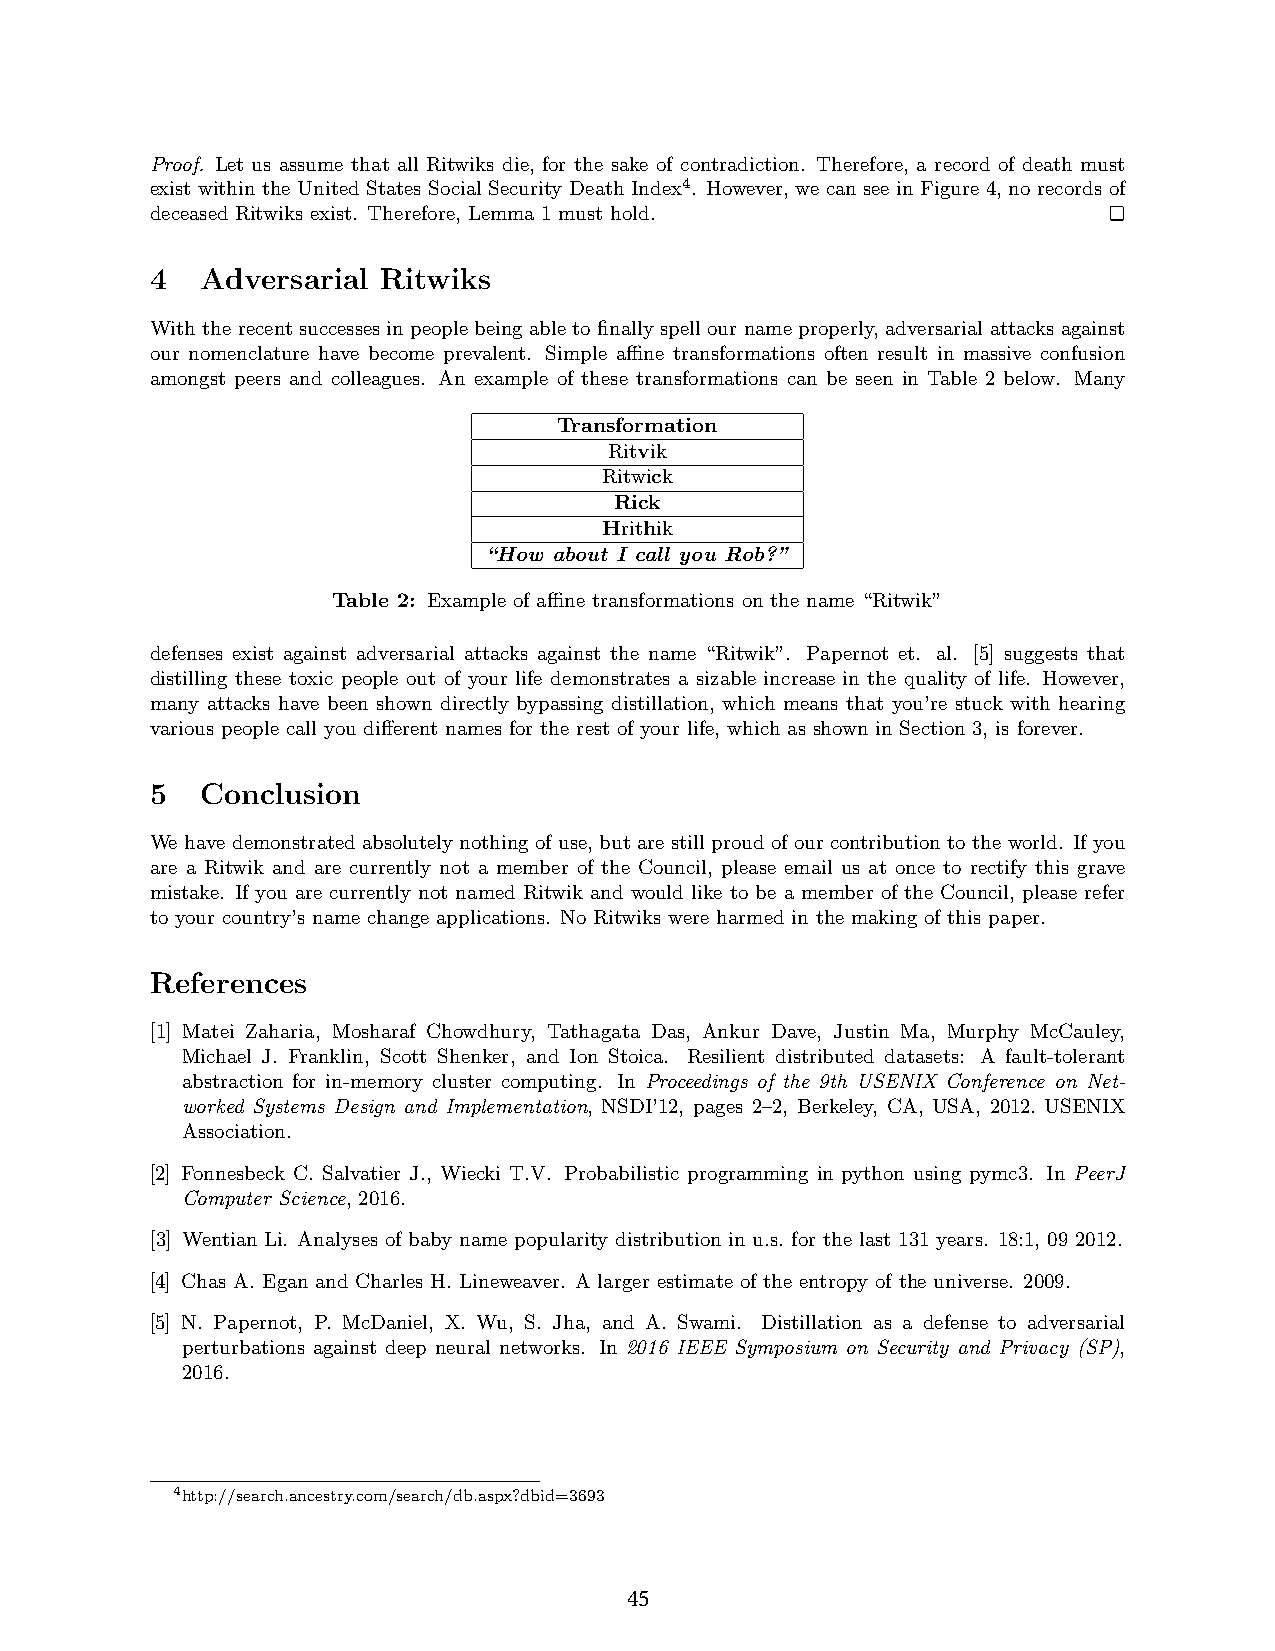
Proof. Let us assume that all Ritwiks die, for the sake of contradiction. Therefore, a record of death must
 exist within the United States Social Security Death Index4. However, we can see in Figure 4, no records of
 deceased Ritwiks exist. Therefore, Lemma 1 must hold.
 4  Adversarial Ritwiks
 With the recent successes in people being able to finally spell our name properly, adversarial attacks against
 our nomenclature have become prevalent. Simple affine transformations often result in massive confusion
 amongst peers and colleagues. An example of these transformations can be seen in Table 2 below. Many
 Transformation
 Ritvik
 Ritwick
 Rick
 Hrithik
 “How about I call you Rob?”
 Table 2: Example of affine transformations on the name “Ritwik”
 defenses exist against adversarial attacks against the name “Ritwik”. Papernot et. al. [5] suggests that
 distilling these toxic people out of your life demonstrates a sizable increase in the quality of life. However,
 many attacks have been shown directly bypassing distillation, which means that you’re stuck with hearing
 various people call you different names for the rest of your life, which as shown in Section 3, is forever.
 5  Conclusion
 We have demonstrated absolutely nothing of use, but are still proud of our contribution to the world. If you
 are a Ritwik and are currently not a member of the Council, please email us at once to rectify this grave
 mistake. If you are currently not named Ritwik and would like to be a member of the Council, please refer
 to your country’s name change applications. No Ritwiks were harmed in the making of this paper.
 References
 [1] Matei Zaharia, Mosharaf Chowdhury, Tathagata Das, Ankur Dave, Justin Ma, Murphy McCauley,
 Michael J. Franklin, Scott Shenker, and Ion Stoica. Resilient distributed datasets: A fault-tolerant
 abstraction for in-memory cluster computing. In Proceedings of the 9th USENIX Conference on Net-
 worked Systems Design and Implementation, NSDI’12, pages 2–2, Berkeley, CA, USA, 2012. USENIX
 Association.
 [2] Fonnesbeck C. Salvatier J., Wiecki T.V. Probabilistic programming in python using pymc3. In PeerJ
 Computer Science, 2016.
 [3] Wentian Li. Analyses of baby name popularity distribution in u.s. for the last 131 years. 18:1, 09 2012.
 [4] Chas A. Egan and Charles H. Lineweaver. A larger estimate of the entropy of the universe. 2009.
 [5] N. Papernot, P. McDaniel, X. Wu, S. Jha, and A. Swami. Distillation as a defense to adversarial
 perturbations against deep neural networks. In 2016 IEEE Symposium on Security and Privacy (SP),
 2016.
 4http://search.ancestry.com/search/db.aspx?dbid=3693
 45